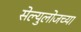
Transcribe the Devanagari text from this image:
सेल्युलोजच्या